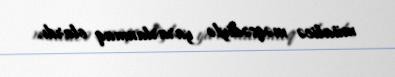
müalicə məqsədiylə yararlanmaq olardı.